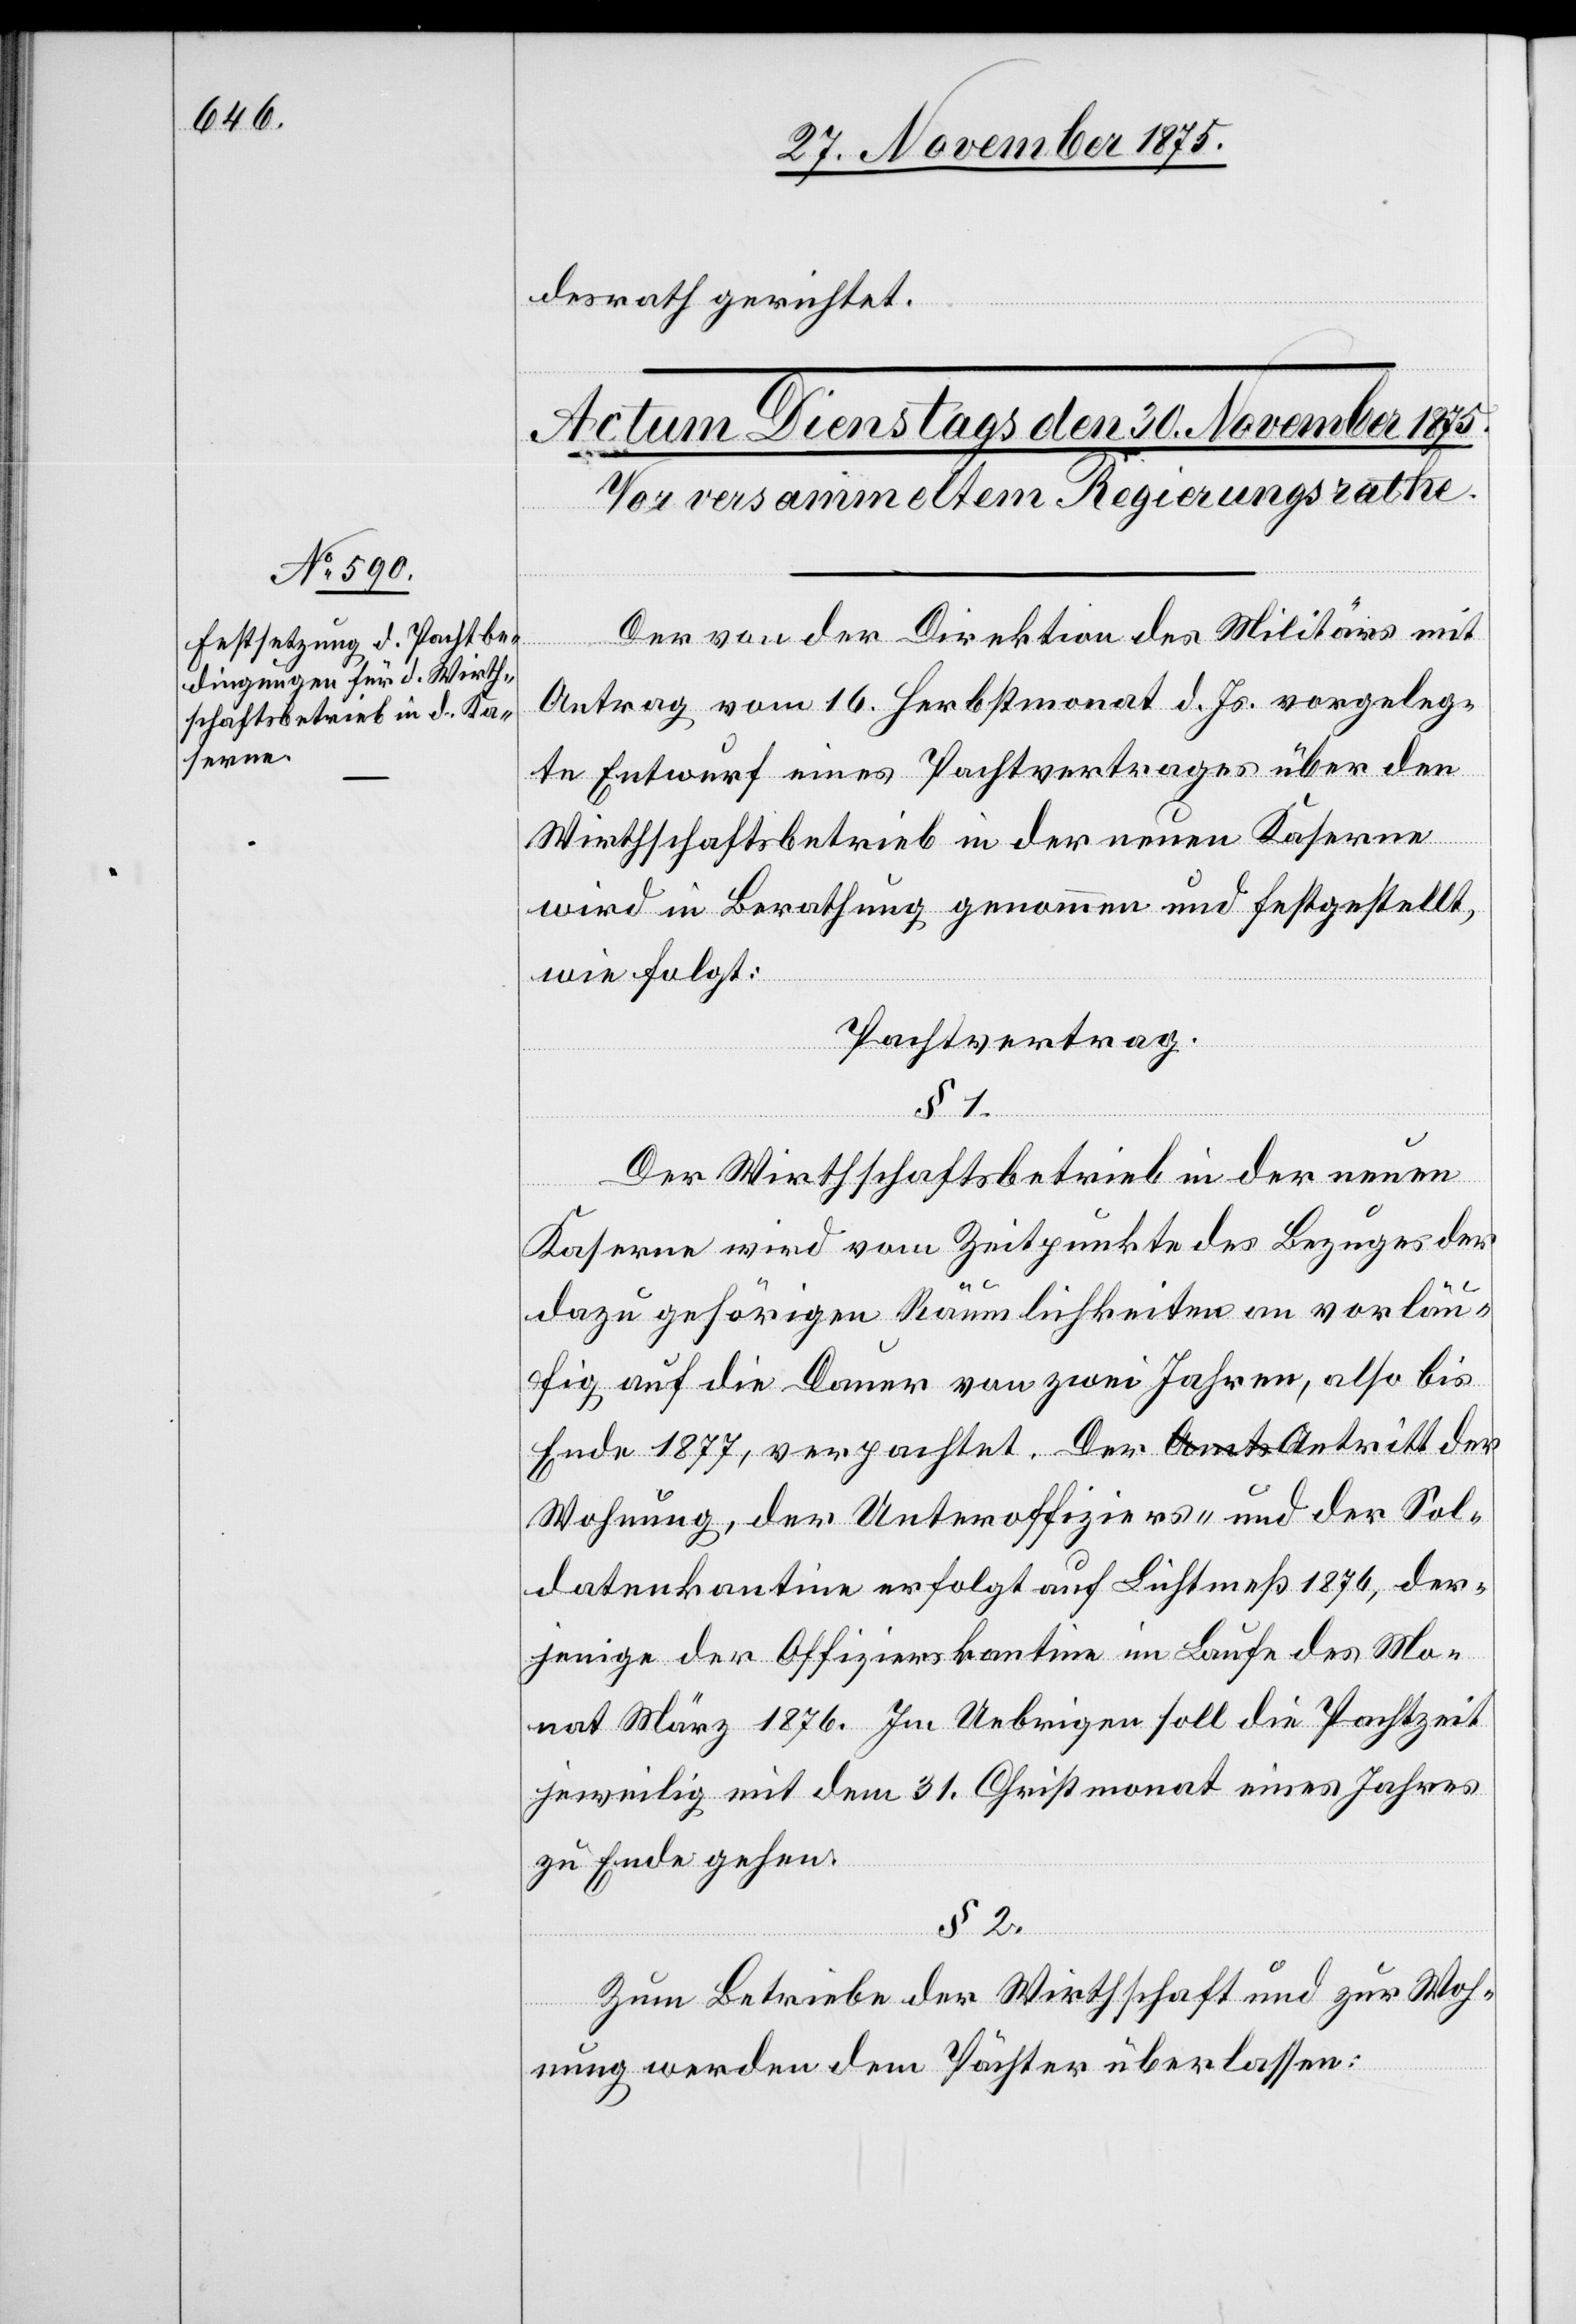
desrath gerichtet.
Der von der Direktion des Militärs mit
Antrag vom 16. Herbstmonat d. Js. vorgeleg¬
te Entwurf eines Pachtvertrages über den
Wirthschaftsbetrieb in der neuen Kaserne
wird in Berathung genommen und festgestellt,
wie folgt:
Pachtvertrag.
§ 1.
§
2
Der Wirthschaftsbetrieb in der neuen
Kaserne wird vom Zeitpunkte des Bezuges der
dazu gehörigen Räumlichkeiten an vorläu¬
fig auf die Dauer von zwei Jahren, also bis
Ende 1877, verpachtet. Der Antritt der
Wohnung, der Unteroffiziers- und der Sol¬
datenkantine erfolgt auf Lichtmeß 1876, der¬
jenige der Offizierskantine im Laufe des Mo¬
nat März 1876. Im Uebrigen soll die Pachtzeit
jeweilig mit dem 31. Christmonat eines Jahres
zu Ende gehen.
Zum Betriebe der Wirthschaft und zur Woh¬
nung werden dem Pächter überlassen: